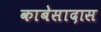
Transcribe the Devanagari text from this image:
काबेसादास